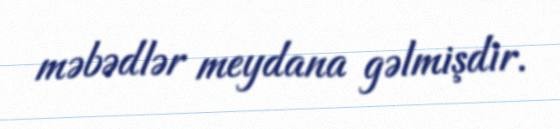
məbədlər meydana gəlmişdir.